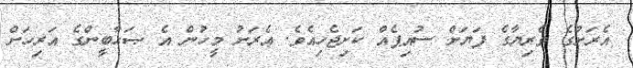
އެރަށުގެ ވެރިޔާގެ ފަޔަށް ސުއިޕެއް ކަށިޖެހިއެވެ. އެރަށު މީހުން އެ ޞަޙާބީންގެ އަރިހަށް